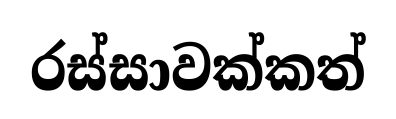
රස්සාවක්කත්